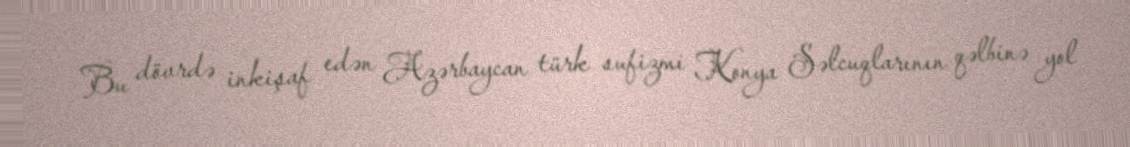
Bu dövrdə inkişaf edən Azərbaycan türk sufizmi Konya Səlcuqlarının qəlbinə yol